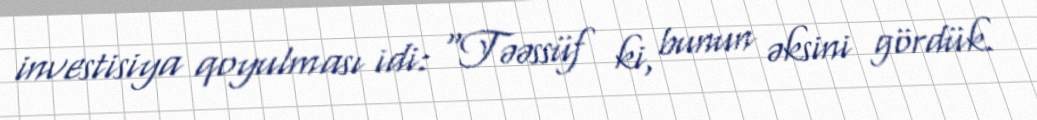
investisiya qoyulması idi: “Təəssüf ki, bunun əksini gördük.